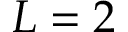
L = 2